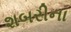
શબરીના